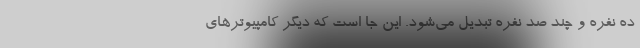
‌ده نفره و چند صد نفره تبدیل می‌شود. این جا است که دیگر کامپیوترهای